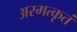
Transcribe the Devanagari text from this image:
अस्मत्कृतं